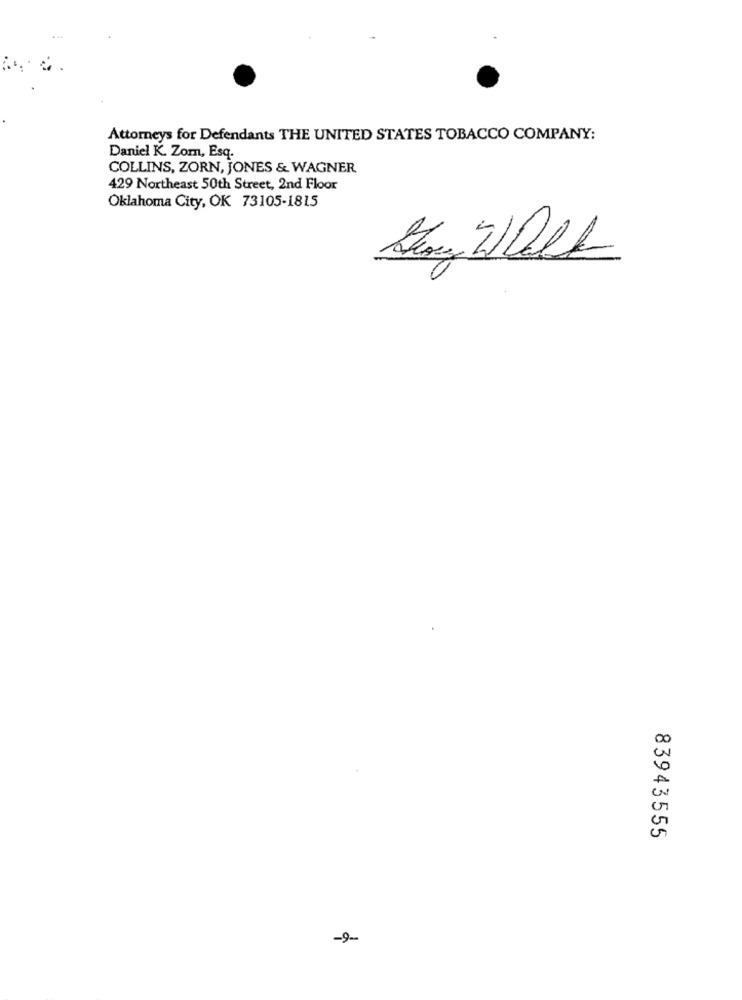
Attorneys for Defendants THE UNITED STATES TOBACCO COMPANY:
Daniel K. Zom, Esq.
COLLINS, ZORN, JONES & WAGNER
429 Northeast 50th Street, 2nd Floor
Oklahoma City, OK 73105-1815
Stay Wall
83943555
-9-